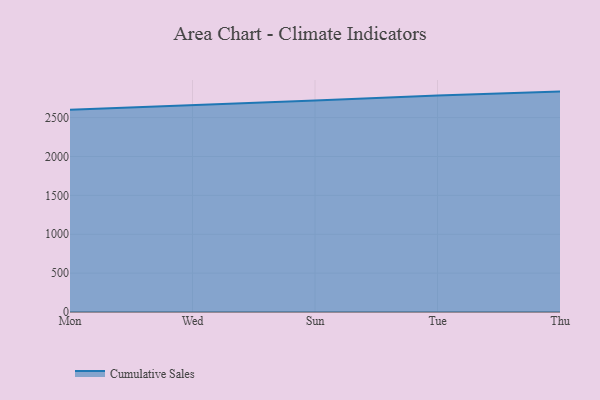
{"axis": {"x": "Day", "y": "Latency (ms)"}, "legend": ["Cumulative Sales"], "data": [{"x": "Mon", "y": 2601.3, "type": "Cumulative Sales"}, {"x": "Wed", "y": 2658.8, "type": "Cumulative Sales"}, {"x": "Sun", "y": 2720.4, "type": "Cumulative Sales"}, {"x": "Tue", "y": 2786.1, "type": "Cumulative Sales"}, {"x": "Thu", "y": 2834.7, "type": "Cumulative Sales"}]}